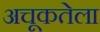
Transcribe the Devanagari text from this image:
अचूकतेला